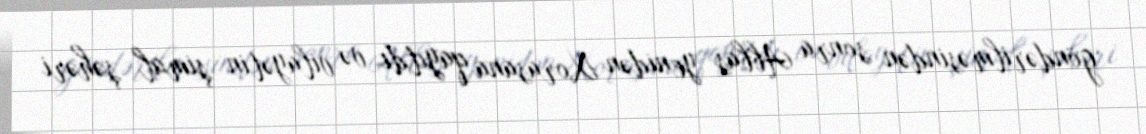
göndərilməsindən sonra Abbas yenidən Xorasana qayıtdı və vilayətin şimal şəhəri